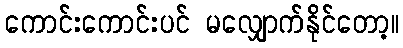
ကောင်းကောင်းပင် မလျှောက်နိုင်တော့။